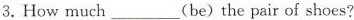
⒊. How much ___ (be) the pair of shoes?